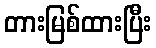
တားမြစ်ထားပြီး